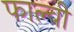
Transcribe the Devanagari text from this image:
फाल्वी